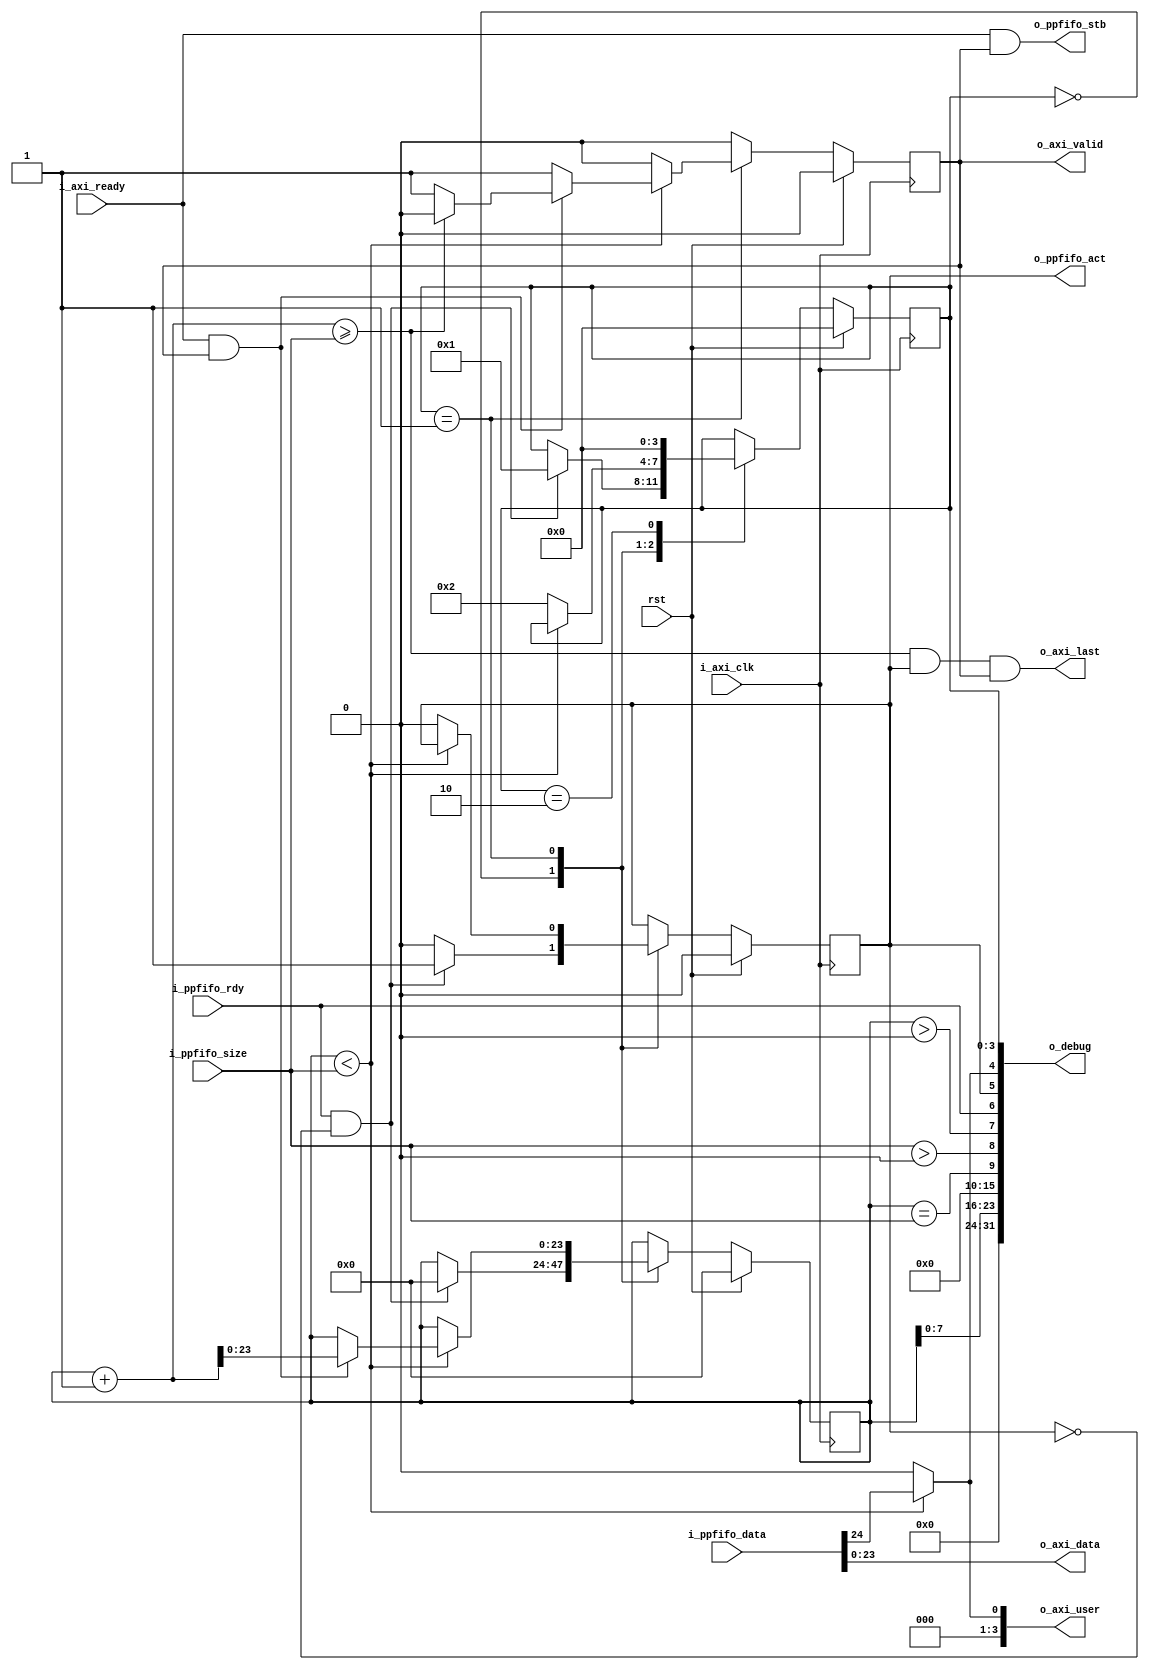
module adapter_ppfifo_2_axi_stream #(
  parameter                                     DATA_WIDTH          = 24,
  parameter                                     STROBE_WIDTH        = DATA_WIDTH / 8,
  parameter                                     USE_KEEP            = 0
)(
  input                                         rst,

  //Ping Poing FIFO Read Interface
  input                                         i_ppfifo_rdy,
  output  reg                                   o_ppfifo_act,
  input       [23:0]                            i_ppfifo_size,
  input       [(DATA_WIDTH + 1) - 1:0]          i_ppfifo_data,
  output                                        o_ppfifo_stb,

  //AXI Stream Output

  input                                         i_axi_clk,
  output      [3:0]                             o_axi_user,
  input                                         i_axi_ready,
  output      [DATA_WIDTH - 1:0]                o_axi_data,
  output                                        o_axi_last,
  output  reg                                   o_axi_valid,

  output      [31:0]                            o_debug
);

//local parameters
localparam      IDLE        = 0;
localparam      READY       = 1;
localparam      RELEASE     = 2;

//registes/wires
reg     [3:0]               state;
reg     [23:0]              r_count;

//submodules
//asynchronous logic
assign  o_axi_data      = i_ppfifo_data[DATA_WIDTH - 1: 0];
assign  o_ppfifo_stb    = (i_axi_ready & o_axi_valid);

assign  o_axi_user[0]   = (r_count < i_ppfifo_size) ? i_ppfifo_data[DATA_WIDTH] : 1'b0;
assign  o_axi_user[3:1] = 3'h0;

assign  o_axi_last      = ((r_count + 1) >= i_ppfifo_size) & o_ppfifo_act  & o_axi_valid;
//synchronous logic

assign  o_debug[3:0]    = state;
assign  o_debug[4]      = (r_count < i_ppfifo_size) ? i_ppfifo_data[DATA_WIDTH]: 1'b0;
assign  o_debug[5]      = o_ppfifo_act;
assign  o_debug[6]      = i_ppfifo_rdy;
assign  o_debug[7]      = (r_count > 0);
assign  o_debug[8]      = (i_ppfifo_size > 0);
assign  o_debug[9]      = (r_count == i_ppfifo_size);
assign  o_debug[15:10]  = 0;
assign  o_debug[23:16]  = r_count[7:0];
assign  o_debug[31:24]  = 0;

always @ (posedge i_axi_clk) begin
  o_axi_valid           <=  0;

  if (rst) begin
    state               <=  IDLE;
    o_ppfifo_act        <=  0;
    r_count             <=  0;
  end
  else begin
    case (state)
      IDLE: begin
        o_ppfifo_act    <=  0;
        if (i_ppfifo_rdy && !o_ppfifo_act) begin
          r_count       <=  0;
          o_ppfifo_act  <=  1;
          state         <=  READY;
        end
      end
      READY: begin
        if (r_count < i_ppfifo_size) begin
          o_axi_valid         <=  1;
          if (i_axi_ready && o_axi_valid) begin
            r_count         <= r_count + 1;
            if ((r_count + 1) >= i_ppfifo_size) begin
              o_axi_valid     <=  0;
            end
          end
        end
        else begin
          o_ppfifo_act      <=  0;
          state             <=  RELEASE;
        end
      end
      RELEASE: begin
        state               <=  IDLE;
      end
      default: begin
      end
    endcase
  end
end

endmodule